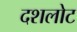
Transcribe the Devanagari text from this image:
दशलोट